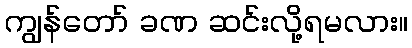
ကျွန်တော် ခဏ ဆင်းလို့ရမလား။